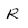
Character: R